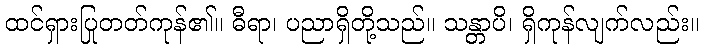
ထင်ရှားပြုတတ်ကုန်၏။ ဓီရာ၊ ပညာရှိတို့သည်။ သန္တာပိ၊ ရှိကုန်လျက်လည်း။